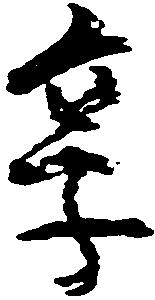
享